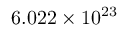
6 . 0 2 2 \times 1 0 ^ { 2 3 }